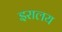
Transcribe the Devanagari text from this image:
इरालय